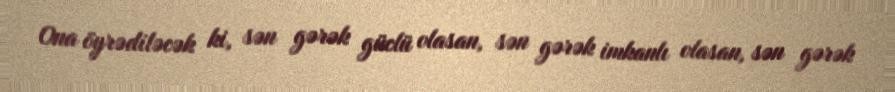
Ona öyrədiləcək ki, sən gərək güclü olasan, sən gərək imkanlı olasan, sən gərək